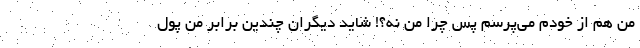
من هم از خودم می‌پرسم پس چرا من نه؟! شاید دیگران چندین برابر من پول